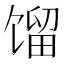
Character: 馏